Source: Handwritten
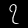
Digit: ၇ (7)